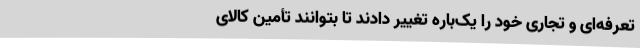
تعرفه‌ای و تجاری خود را یک‌باره تغییر دادند تا بتوانند تأمین کالای